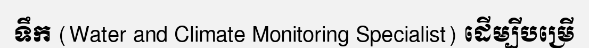
ទឹក (Water and Climate Monitoring Specialist) ដើម្បីបម្រើ